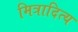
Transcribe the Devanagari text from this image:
मित्रादित्य